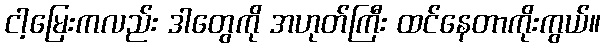
ငါ့မြေးကလည်း ဒါတွေကို အဟုတ်ကြီး ထင်နေတာကိုးကွယ်။